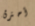
أحترق